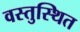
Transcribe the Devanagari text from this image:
वस्तुस्थित